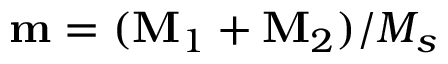
\mathbf { m } = ( \mathbf { M } _ { 1 } + \mathbf { M } _ { 2 } ) / M _ { s }